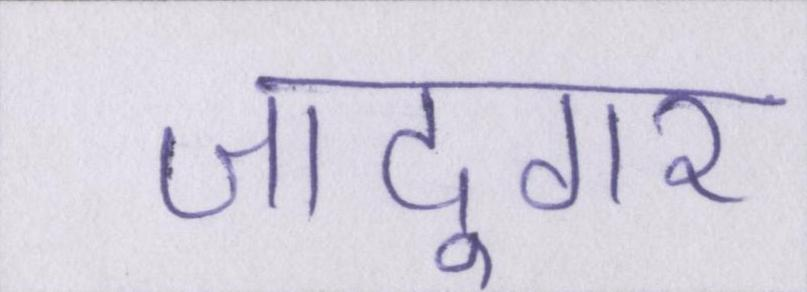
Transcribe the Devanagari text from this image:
जादूगर